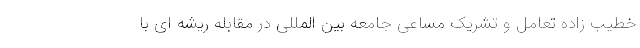
خطیب زاده تعامل و تشریک مساعی جامعه بین المللی در مقابله ریشه ای با